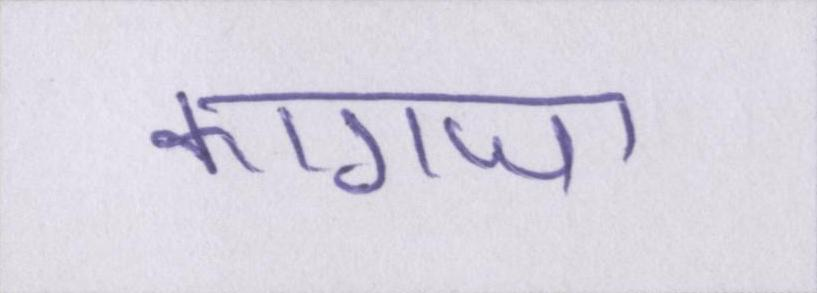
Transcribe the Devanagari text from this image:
कागजा